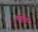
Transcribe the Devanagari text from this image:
चतुर्वेदाः